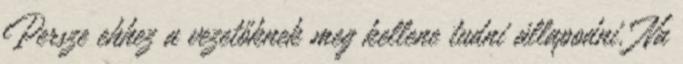
Persze ehhez a vezetőknek meg kellene tudni állapodni. Na